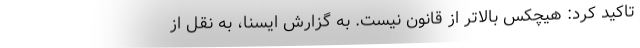
تاکید کرد: هیچکس بالاتر از قانون نیست. به گزارش ایسنا، به نقل از